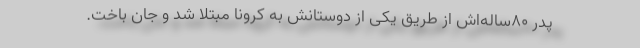
پدر ۸۰ساله‌اش از طریق یکی از دوستانش به کرونا مبتلا شد و جان باخت.